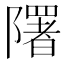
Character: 𨽉